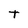
Character: T